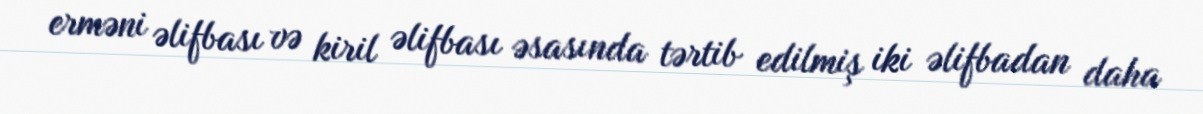
erməni əlifbası və kiril əlifbası əsasında tərtib edilmiş iki əlifbadan daha